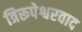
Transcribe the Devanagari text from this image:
त्रिरूपेश्वरवाद